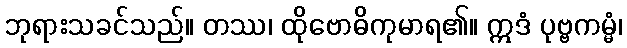
ဘုရားသခင်သည်။ တဿ၊ ထိုဗောဓိကုမာရ၏။ ဣဒံ ပုဗ္ဗကမ္မံ၊